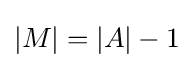
|M|=|A|-1